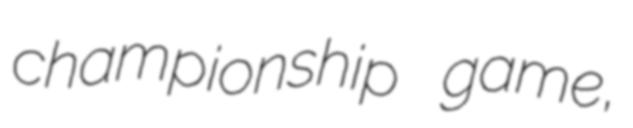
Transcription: championship game,